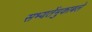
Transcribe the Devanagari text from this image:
सभ्यतेंमुकाबले